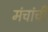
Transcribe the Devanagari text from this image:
मंचांची